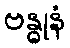
ဗန္ဓုနံ